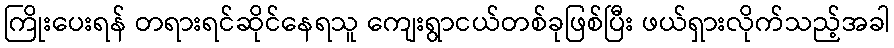
ကြိုးပေးရန် တရားရင်ဆိုင်နေရသူ ကျေးရွာငယ်တစ်ခုဖြစ်ပြီး ဖယ်ရှားလိုက်သည့်အခါ